Lunatic asylums Punjab 1881-1894 - 1881-1894
Year: 1881
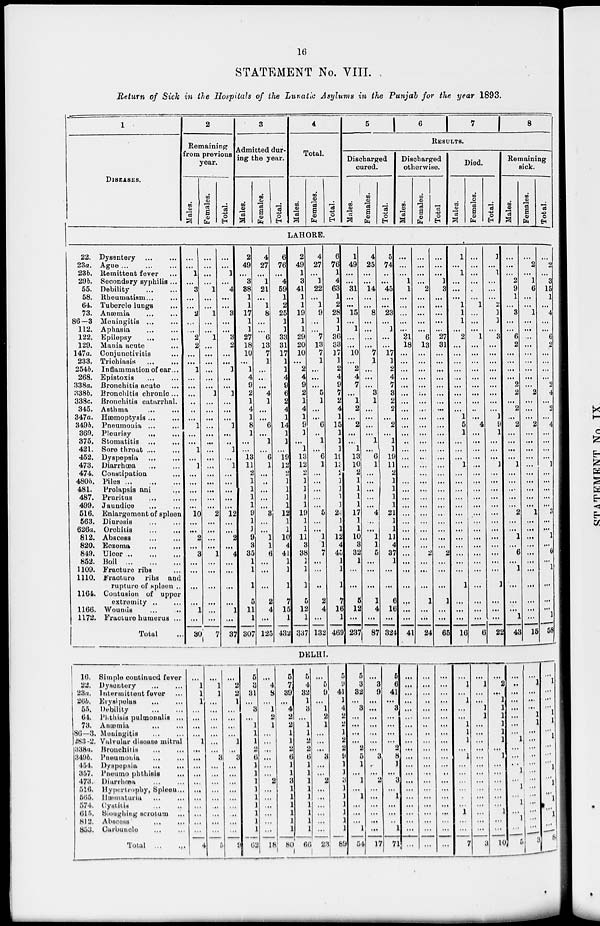
16
STATEMENT No. VIII.
Return of Sick in the Hospitals of the Lunatic Asylums in the Punjab for the year 1893.
1
DISEASES.
2
Remaining
from previous
year.
Males.
Females.
Total.
3
Admitted dur-
ing the year.
Males.
Females.
Total.
4
Total.
Males.
Females.
Total.
5
6
7
8
RESULTS.
Discharged
cured.
Males.
Females.
Total.
Discharged
otherwise.
Males.
Females.
Total
Died.
Males.
Females.
Total.
Remaining
sick.
Males.
Females.
Total.
LAHORE.
22.
23a.
23b.
29b.
55.
58.
64.
73.
86—3
112.
122.
129.
147a.
233.
254b.
268.
338a.
338b.
338c.
345.
347a.
349b.
369.
375.
421.
452.
473.
474.
480b.
481.
487.
499.
516.
563.
626a.
812.
820.
849.
852.
1109.
1110.
1164.
1166.
1172.
Dysentery
...
...
Ague ... ... ...
Remittent fever ...
Secondary syphilis ...
Debility
...
...
Rheumatism ... ...
Tubercle lungs
...
Anæmia ... ...
Meningitis ... ...
Aphasia ... ...
Epilepsy ... ...
Mania acute ...
Conjunctivitis ...
Trichiasis ... ...
Inflammation of ear ...
Epistoxis ... ...
Bronchitis acute ...
Bronchitis chronic ...
Bronchitis catarrhal.
Asthma ... ...
Hæmoptysis ... ...
Pneumonia ... ...
Pleurisy ... ...
Stomatitis ... ...
Sore throat ... ...
Dyspepsia
...
...
Diarrhœa ... ...
Constipation ...
Piles ... ... ...
Prolapsis ani ...
Pruritus
...
...
Jaundice ... ...
Enlargement of spleen
Diuresis ... ...
Orchitis
...
...
Abscess ... ...
Eczema
...
...
Ulcer ... ... ...
Boil
...
...
...
Fracture ribs ...
Fracture
ribs and
rupture of spleen ...
Contusion of upper
extremity ... ...
Wounds ... ...
Fracture humerus ...
Total ...
...
...
1
...
3
...
...
2
...
...
2
2
...
...
1
...
...
...
...
...
...
1
...
...
1
...
1
...
...
...
...
...
10
...
...
2
...
3
...
...
...
...
1
...
30
...
...
...
...
1
...
...
1
...
...
1
...
...
...
...
...
...
1
...
...
...
...
...
...
...
...
...
...
...
...
...
...
2
...
...
...
...
1
...
...
...
...
...
...
7
...
...
1
...
4
...
...
3
...
...
3
2
...
...
1
...
...
1
...
...
...
1
...
...
1
...
1
...
...
...
...
...
12
...
...
2
...
4
...
...
...
...
1
...
37
2
49
...
3
38
1
1
17
1
1
27
18
10
...
1
4
9
2
1
4
1
8
1
...
...
13
11
2
1
1
1
1
9
1
1
9
3
35
1
1
1
5
11
1
307
4
27
...
1
21
...
1
8
...
...
6
13
7
1
...
...
...
4
1
...
...
6
...
1
...
6
1
...
...
...
...
...
3
...
...
1
1
6
...
...
...
2
4
...
125
6
76
...
4
59
1
2
25
1
1
33
31
17
1
1
4
9
6
2
4
1
14
1
1
...
19
12
2
1
1
1
1
12
1
1
10
4
41
1
1
1
7
15
1
432
2
49
1
3
41
1
1
19
1
1
29
20
10
...
2
4
9
2
1
4
1
9
1
...
1
13
12
2
1
1
1
1
19
1
1
11
3
38
1
1
1
5
12
1
337
4
27
...
1
22
...
1
9
...
...
7
13
7
1
...
...
...
5
1
...
...
6
...
1
...
6
1
...
...
...
...
...
5
...
...
l
l
7
...
...
...
2
4
...
132
6
76
1
4
63
1
2
28
1
1
36
33
17
1
2
4
9
7
2
4
1
15
1
1
1
19
13
2
1
1
1
1
24
1
1
12
4
45
1
1
1
7
16
1
469
1
49
...
...
31
...
...
15
...
1
...
...
10
...
2
4
7
...
1
2
...
2
...
...
1
13
10
2
1
1
1
1
17
1
1
10
3
32
1
...
...
5
12
...
237
4
25
...
...
14
...
...
8
...
...
...
...
7
1
...
...
...
3
1
...
...
...
...
1
...
6
1
...
...
...
...
...
4
...
...
1
1
5
...
...
...
1
4
...
87
5
74
...
...
45
...
...
23
...
1
...
...
17
1
2
4
7
3
2
2
...
2
...
1
1
19
11
2
1
1
1
1
21
1
1
11
4
37
1
...
...
6
16
...
324
...
...
...
1
1
...
...
...
...
...
21
18
...
...
...
...
...
...
...
...
...
...
...
...
...
...
...
...
...
...
...
...
...
...
...
...
...
...
...
...
...
...
...
41
...
...
...
...
2
...
...
...
...
...
6
13
...
...
...
...
...
...
...
...
...
...
...
...
...
...
...
...
...
...
...
...
...
...
...
...
...
2
...
...
1
...
...
24
...
...
...
1
3
...
...
...
...
...
27
31
...
...
...
...
...
...
...
...
...
...
...
...
...
...
...
...
...
...
...
...
...
...
...
...
...
2
...
...
...
1
...
...
65
1
...
1
...
...
...
1
1
1
...
2
...
...
...
...
...
...
...
...
...
1
5
1
...
...
...
1
...
...
...
...
...
...
...
...
...
...
...
...
...
1
...
...
...
16
...
...
...
...
...
1
...
...
...
1
...
...
...
...
...
...
...
...
...
...
4
...
...
...
...
...
...
...
...
...
...
...
...
...
...
...
...
...
...
...
...
...
...
6
1
...
1
...
...
...
2
1
1
...
3
...
...
...
...
...
...
...
...
...
1
9
1
...
...
...
1
...
...
...
...
...
...
...
...
...
...
...
...
...
1
...
...
...
22
...
...
2
9
1
...
3
...
...
6
2
...
...
...
...
2
2
...
2
...
2
...
...
...
...
1
...
...
...
...
...
2
...
...
1
...
6
...
1
...
...
...
1
43
...
2
...
1
6
...
...
1
...
...
...
...
...
...
...
...
...
2
...
...
...
2
...
...
...
...
...
...
...
...
...
...
1
...
...
...
...
...
...
...
...
...
...
...
15
...
2
...
3
15
1
...
4
...
...
6
2
...
...
...
...
2
4
...
2
...
4
...
...
...
...
1
...
...
...
...
...
3
...
...
1
...
6
...
1
...
...
...
1
58
DELHI.
16.
22.
23a.
26b.
55.
64.
73.
86—3.
283-2.
338a.
349b.
454.
357.
473.
516.
565.
574.
615.
812.
853.
Simple continued fever
Dysentery
...
...
Intermittent fever ...
Erysipelas ... ...
Debility
...
...
Phthisis pulmonalis ...
Anæmia ... ...
Meningitis ... ...
Valvular disease mitral
Bronchitis ... ...
Pneumonia ... ...
Dyspepsia ... ...
Pneumo phthisis ...
Diarrhœa ... ...
Hypertrophy, Spleen ...
Hæmaturia ... ...
Cystitis ... ...
Sloughing scrotum ...
Abscess
...
...
Carbuncle ... ...
Total ...
...
1
1
1
...
...
...
...
1
...
...
...
...
...
...
...
...
...
...
...
4
...
1
1
...
...
...
...
...
...
...
3
...
...
...
...
...
...
...
...
...
5
...
2
2
1
...
...
...
...
1
...
3
...
...
...
...
...
...
...
...
...
9
5
3
31
...
3
...
1
1
1
2
6
1
1
1
1
1
1
1
1
1
62
...
4
8
...
1
2
1
...
...
...
...
...
...
2
...
...
...
...
...
...
2
5
7
39
...
4
2
2
1
1
2
6
1
1
3
1
1
1
1
1
1
80
5
4
32
1
3
...
1
1
2
2
6
1
1
1
1
1
1
1
1
1
66
...
5
9
...
1
2
1
...
...
...
3
...
...
2
...
...
...
...
...
...
23
5
9
41
1
4
2
...
1
2
2
9
1
1
3
1
1
...
...
...
1
89
5
3
32
...
3
...
...
...
...
2
5
1
...
1
...
1
...
...
...
1
54
...
3
9
...
...
...
...
...
...
...
3
...
...
2
...
...
...
...
...
...
17
5
6
41
...
3
...
...
...
...
2
8
1
...
3
...
1
...
...
...
1
71
...
...
...
...
...
...
...
...
...
...
...
...
...
...
...
...
...
...
...
...
...
...
...
...
...
...
...
...
...
...
...
...
...
...
...
...
...
...
...
...
...
...
...
...
...
...
...
...
...
...
...
...
...
...
...
...
...
...
...
...
...
...
...
...
1
...
1
...
...
1
1
1
...
1
...
...
...
...
...
...
1
...
...
7
...
1
...
...
1
1
...
...
...
...
...
...
...
...
...
...
...
...
...
...
3
...
2
...
1
1
1
1
1
1
...
1
...
...
...
...
...
...
1
...
...
10
...
...
...
...
...
...
...
...
1
...
...
...
1
...
1
...
1
...
1
...
5
...
1
...
...
...
1
1
...
...
...
...
...
...
...
...
...
...
...
...
...
3
...
1
...
...
...
1
1
...
1
...
...
...
1
...
1
...
1
...
1
...
8